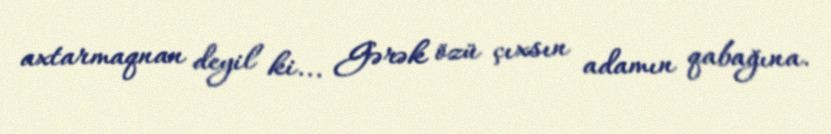
axtarmaqnan deyil ki... Gərək özü çıxsın adamın qabağına.